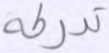
تدركه